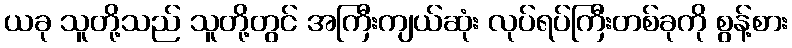
ယခု သူတို့သည် သူတို့တွင် အကြီးကျယ်ဆုံး လုပ်ရပ်ကြီးတစ်ခုကို စွန့်စား